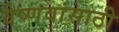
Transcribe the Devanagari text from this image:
वैष्णवांसाठी